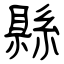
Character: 縣